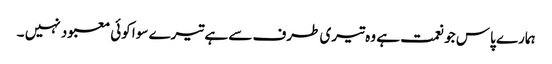
ہمارے پاس جو نعمت ہے وہ تیری طرف سے ہے تیرے سوا کوئی معبود نہیں ۔